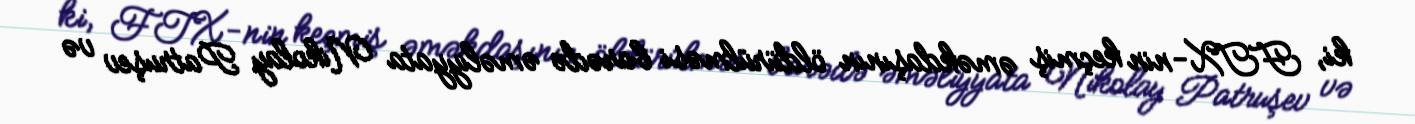
ki, FTX-nin keçmiş əməkdaşının öldürülməsi barədə əməliyyata Nikolay Patruşev və